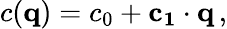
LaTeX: c(\mathbf{q})=c_{0}+\mathbf{c_{1}}\cdot\mathbf{q}\, ,